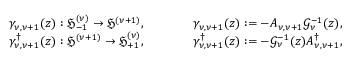
\begin{array} { r l r } { \gamma _ { \nu , \nu + 1 } ( z ) : \mathfrak { H } _ { - 1 } ^ { ( \nu ) } \rightarrow \mathfrak { H } ^ { ( \nu + 1 ) } , } & { \qquad } & { \gamma _ { \nu , \nu + 1 } ( z ) : = - A _ { \nu , \nu + 1 } \mathcal { G } _ { \nu } ^ { - 1 } ( z ) , } \\ { \gamma _ { \nu , \nu + 1 } ^ { \dag } ( z ) : \mathfrak { H } ^ { ( \nu + 1 ) } \rightarrow \mathfrak { H } _ { + 1 } ^ { ( \nu ) } , } & { \qquad } & { \gamma _ { \nu , \nu + 1 } ^ { \dag } ( z ) : = - \mathcal { G } _ { \nu } ^ { - 1 } ( z ) A _ { \nu , \nu + 1 } ^ { \dag } , } \end{array}